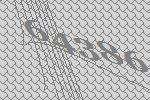
64386